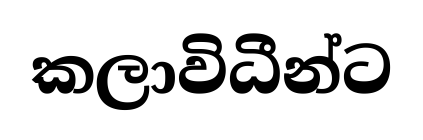
කලාවිධීන්ට